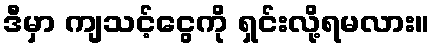
ဒီမှာ ကျသင့်ငွေကို ရှင်းလို့ရမလား။